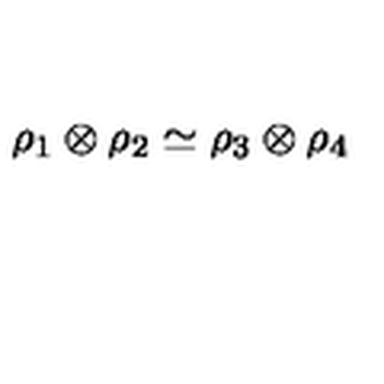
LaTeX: \rho _ { 1 } \otimes \rho _ { 2 } \simeq \rho _ { 3 } \otimes \rho _ { 4 }